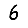
Digit: 6